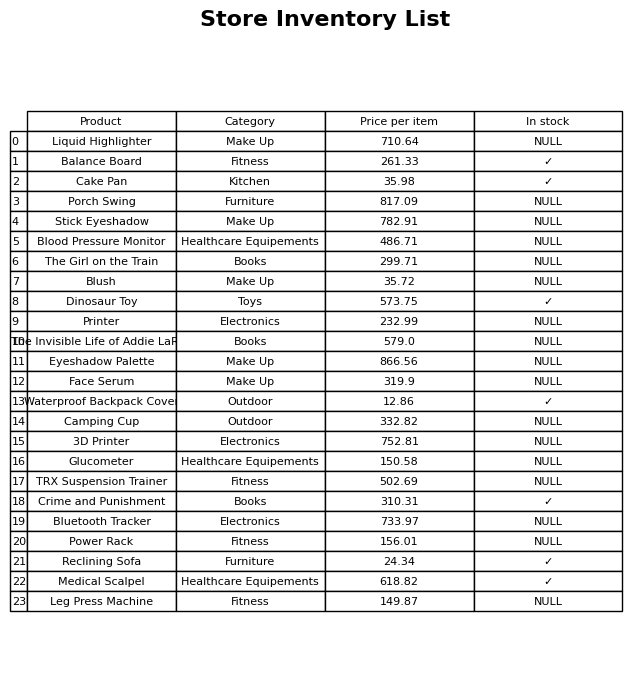
question: Which products are available in stock?
answer: Balance Board, Cake Pan, Dinosaur Toy, Waterproof Backpack Cover, Crime and Punishment, Reclining Sofa, Medical Scalpel